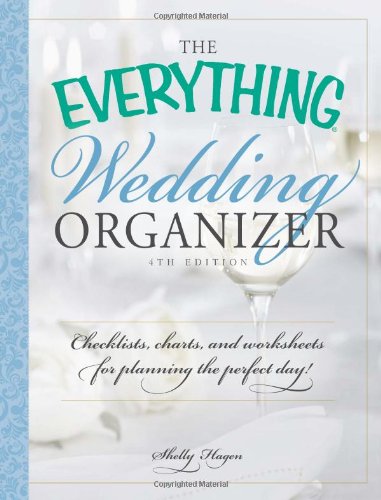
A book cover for The Everything Wedding Organizer: Checklists, Charts, and Worksheets for Planning the Perfect Day!; Shelly Hagen; Crafts, Hobbies & Home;